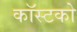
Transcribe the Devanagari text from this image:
कॉस्टको